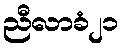
ညီလာခံ၂၁